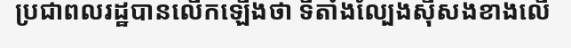
ប្រជាពលរដ្ឋបានលើកឡើងថា ទីតាំងល្បែងស៊ីសងខាងលើ